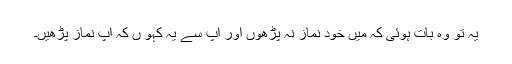
یہ تو وہ بات ہوئی کہ میں خود نماز نہ پڑھوں اور آپ سے یہ کہو ں کہ آپ نماز پڑھیں۔